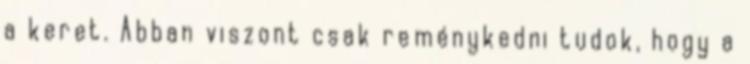
a keret. Abban viszont csak reménykedni tudok, hogy a